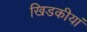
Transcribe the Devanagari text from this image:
खिडकीयां